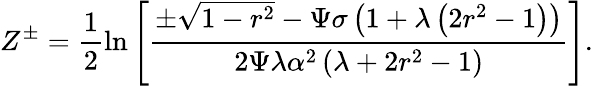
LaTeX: Z^{\pm}=\frac{1}{2}\ln\left[\frac{\pm\sqrt{1-r^{2}}-\Psi\sigma\left(1+\lambda\left(2r^{2}-1\right)\right)}{2\Psi\lambda\alpha^{2}\left(\lambda+2r^{2}-1\right)}\right].